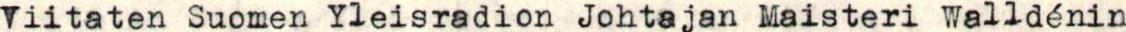
Viitaten Suomen Yleisradion Johtajan Maisteri Walldénin